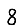
Digit: 8